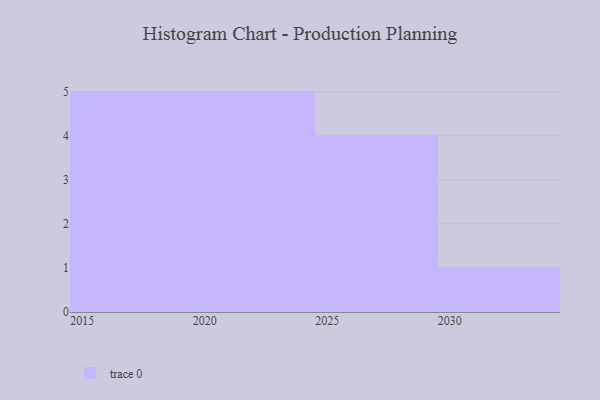
{"axis": {"x": "Year", "y": "Page Views"}, "legend": [""], "data": [{"x": "2029", "y": 48, "type": ""}, {"x": "2019", "y": 2, "type": ""}, {"x": "2022", "y": 41, "type": ""}, {"x": "2024", "y": 29, "type": ""}, {"x": "2017", "y": 20, "type": ""}, {"x": "2018", "y": 91, "type": ""}, {"x": "2015", "y": 77, "type": ""}, {"x": "2021", "y": 17, "type": ""}, {"x": "2025", "y": 79, "type": ""}, {"x": "2023", "y": 61, "type": ""}, {"x": "2016", "y": 74, "type": ""}, {"x": "2030", "y": 64, "type": ""}, {"x": "2026", "y": 66, "type": ""}, {"x": "2027", "y": 98, "type": ""}, {"x": "2020", "y": 3, "type": ""}]}